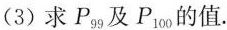
(3)求P_{99} 及P_{100} 的值.